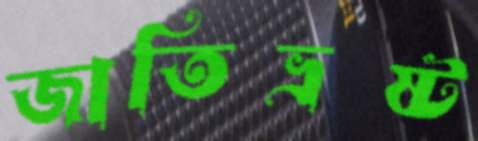
জাতিভ্রষ্ট